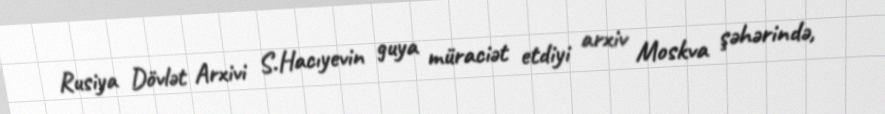
Rusiya Dövlət Arxivi S.Hacıyevin guya müraciət etdiyi arxiv Moskva şəhərində,